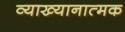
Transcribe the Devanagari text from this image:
व्याख्यानात्मक